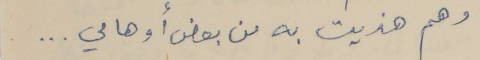
وهم هذيت به من بعض أوهامي . . .